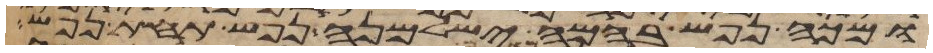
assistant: ומכה נפש בהמה ישלמנה נפש תחת נפש